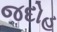
જદોહ